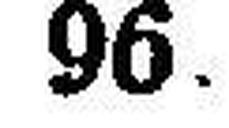
96.